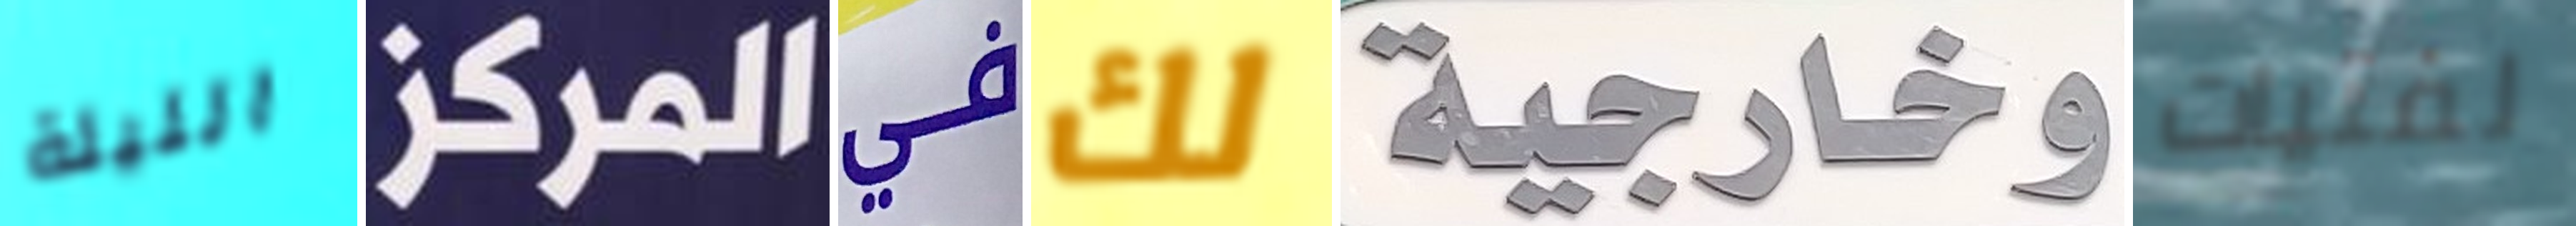
الليلة المركز في لك وخارجية لفتيات